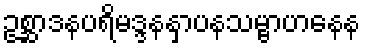
ဥစ္ဆာဒနပရိမဒ္ဒနနှာပနသမ္ဗာဟနေန